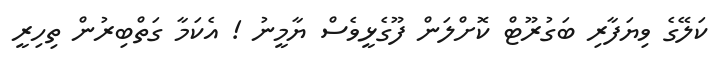
ކަލޭގެ ވިޔަފާރި ބަގުރޫޓް ކޮށްލަން ފޫގެޅީވެސް ޔާމީނު ! އެކަމާ ގަތްބިރުން ތިހިރީ